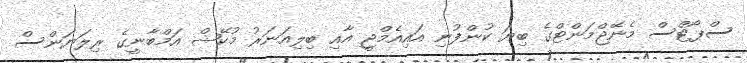
ސްޕޯޓްސް މެނޭޖްމަންޓްގެ ބިޔަ ކުންފުނި އައިއެމްޖީ އާއި ބިލިއަނަރު މުކޭޝް އަމްބާނީގެ ރިލަޔަންސް